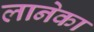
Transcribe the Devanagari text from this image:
लानेका